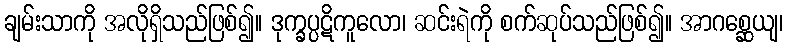
ချမ်းသာကို အလိုရှိသည်ဖြစ်၍။ ဒုက္ခပ္ပဋိကူလော၊ ဆင်းရဲကို စက်ဆုပ်သည်ဖြစ်၍။ အာဂစ္ဆေယျ၊